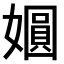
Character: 𫱾